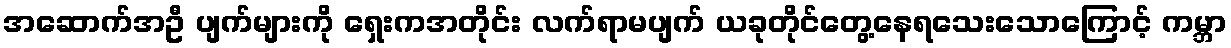
အဆောက်အဦ ပျက်များကို ရှေးကအတိုင်း လက်ရာမပျက် ယခုတိုင်တွေ့နေရသေးသောကြောင့် ကမ္ဘာ